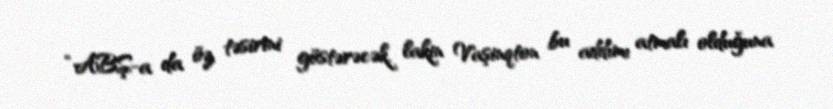
“ABŞ-a da öz təsirini göstərəcək, lakin Vaşinqton bu addımı atmalı olduğuna